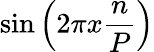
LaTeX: \sin\left(2\pi x{\frac{n}{P}}\right)